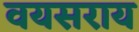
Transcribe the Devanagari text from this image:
वयसराय